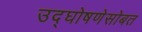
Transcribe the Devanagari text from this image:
उद्घोषणेसोबत